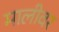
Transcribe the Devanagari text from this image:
मालीवर